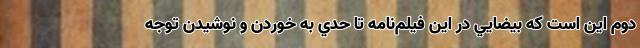
دوم اين است كه بيضايي در اين فيلم‌نامه تا حدي به خوردن و نوشيدن توجه